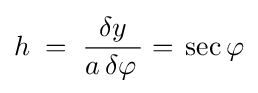
h\;=\;{\dfrac {\delta y}{a\,\delta \varphi \,}}=\,\sec \varphi